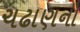
ચઢાણનો